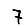
Digit: 7